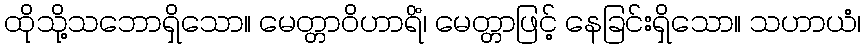
ထိုသို့သဘောရှိသော။ မေတ္တာဝိဟာရိံ၊ မေတ္တာဖြင့် နေခြင်းရှိသော။ သဟာယံ၊